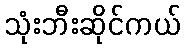
သုံးဘီးဆိုင်ကယ်